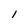
Character: I